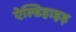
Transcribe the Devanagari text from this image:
ऐल्डिहाइड़